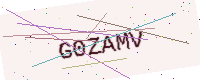
Text: G0ZAMV